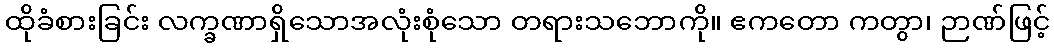
ထိုခံစားခြင်း လက္ခဏာရှိသောအလုံးစုံသော တရားသဘောကို။ ဧကတော ကတွာ၊ ဉာဏ်ဖြင့်